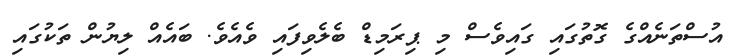
އުސްތަނެއްގެ ގޮތުގައި ގައިވެސް މި ޕިރަމިޑް ބެލެވިފައި ވެއެވެ. ބައެއް ލިޔުން ތަކުގައި